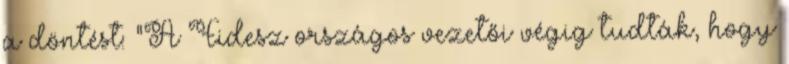
a döntést: "A Fidesz országos vezetői végig tudták, hogy